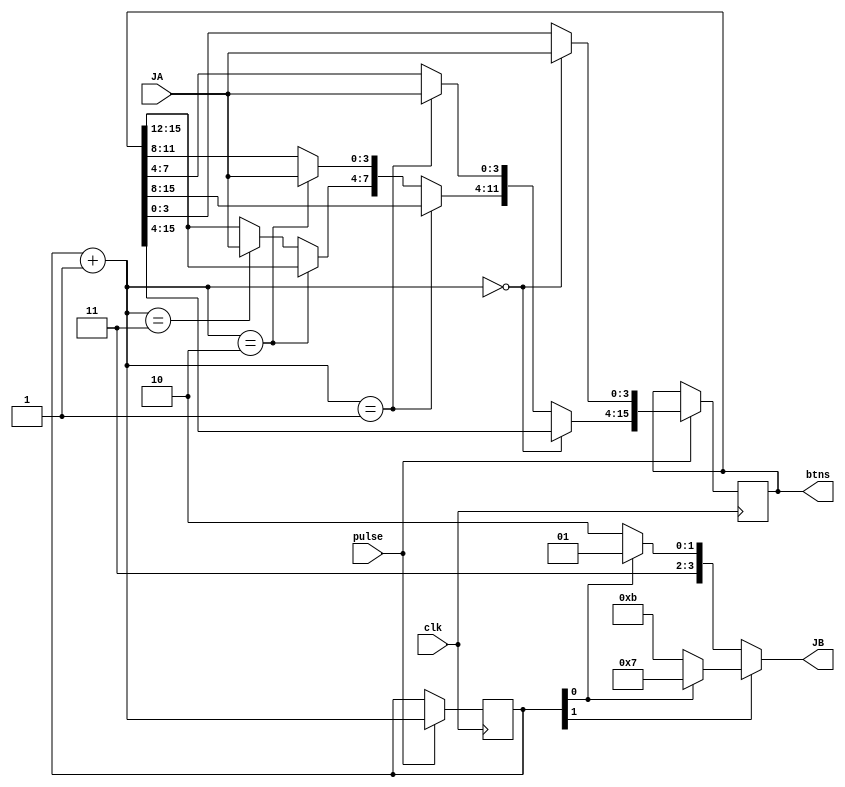
`timescale 1ns / 1ps

module keypad(
    input clk,
    input pulse,
    input [3:0] JA,
    output [3:0] JB,
    output reg [15:0] btns
    );
    
    reg [1:0] state;
    
    always @ (posedge clk)
    begin
        if (pulse)
        begin
            state = state + 1;
            if ( state == 0 )
                begin
                btns[3:0] = JA[3:0];
                end
            else if ( state == 1 )
                begin
                btns[7:4] = JA[3:0];
                end
            else if ( state == 2 )
                begin
                btns[11:8] = JA[3:0];
                end
            else if ( state == 3 )
                begin
                btns[15:12] = JA[3:0];
                end
        end
    end
    
    assign JB[3:0] = state[1] ? (state[0] ? 4'b0111 : 4'b1011) : (state[0] ? 4'b1101 : 4'b1110);      
    //assign JB[3:0] = 4'b1100;  
endmodule